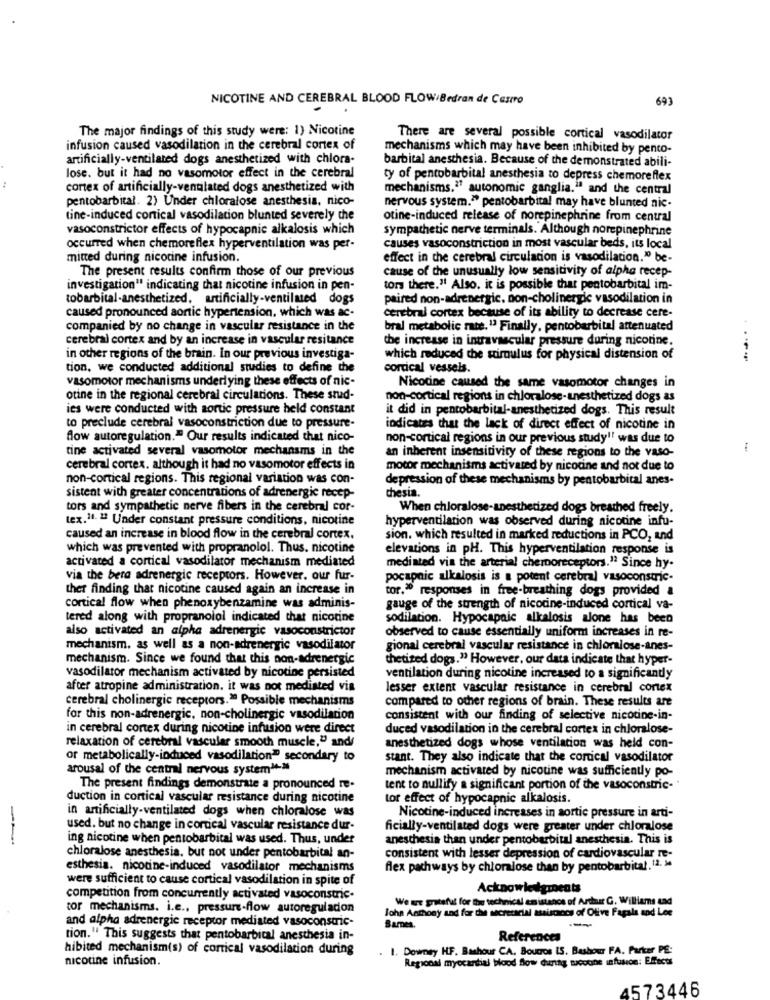
NICOTINE AND CEREBRAL BLOOD FLOW/Bedran de Castro
693
The major findings of this study were: 1) Nicotine
There are several possible cortical vasodilator
infusion caused vasodilation in the cerebral cortex of
mechanisms which may have been inhibited by pento-
artificially-ventilated dogs anesthetized with chlora-
barbital anesthesia. Because of the demonstrated abili-
lose. but it had no vasomotor effect in the cerebral
ty of pentobarbital anesthesia to depress chemoreflex
cortex of artificially-ventilated dogs anesthetized with
mechanisms." autonomic ganglia." and the central
pentobarbital. 2) Under chloralose anesthesia, nico-
nervous system." pentobarbital may have blunted nic.
tine-induced conical vasodilation blunted severely the
otine-induced release of norepinephrine from central
vasoconstrictor effects of hypocapnic alkalosis which
sympathetic nerve terminals. Although norepinephrine
occurred when chemoreflex hyperventilation was per-
causes vasoconstriction in most vascular beds, its local
mitted during nicotine infusion.
effect in the cerebral circulation is vasodilation." be-
The present results confirm those of our previous
cause of the unusually low sensitivity of alpha recep-
investigation" indicating that nicotine infusion in pen-
tors there." Also. it is possible that pentobarbital im-
tobarbital-anesthetized, artificially-ventilmed dogs
paired non-adrenergic. non-cholinergic vasodilation in
caused pronounced aortic hypertension, which was ac.
cerebral cortex because of its ability to decrease cere-
companied by no change in vascular resistance in the
bral metabolic rate.13 Finally, pentobarbital attenuated
cerebral cortex and by an increase in vascular resitance
the increase in intravascular pressure during nicotine.
in other regions of the brain. In our previous investiga-
which reduced the stimulus for physical distension of
tion, we conducted additional studies to define the
cortical vessels.
vasomotor mechanisms underlying these effects of nic-
Nicotine caused the same vasomotor changes in
otine in the regional cerebral circulations. These stud-
non-cortical regions in chloralose-anesthetized dogs as
ies were conducted with aortic pressure held constant
it did in pentobarbital-anesthetized dogs. This result
to preclude cerebral vasoconstriction due to pressure-
indicates that the lack of direct effect of nicotine in
flow autoregulation." Our results indicated that nico-
non-cortical regions in our previous study !! was due to
tine activated several vasomotor mechansms in the
an inherent insensitivity of these regions to the vaSO-
:
cerebral cortex. although it had no vasomotor effects in
motor mechanisms activated by nicotine and not due to
non-cortical regions. This regional variation was con-
depression of these mechanisms by pentobarbital anes-
chesia.
sistent with greater concentrations of adrenergic recep-
tors and sympathetic nerve fibers in the cerebral cor-
When chloralose-anesthetized dogs breathed freely.
tex.11. " Under constant pressure conditions, nicotine
hyperventilation was observed during nicotine infu-
caused an increase in blood flow in the cerebral cortex.
sion. which resulted in marked reductions in PCO, and
which was prevented with propranolol. Thus. nicotine
elevations in pH. This hyperventilation response is
activated a cortical vasodilator mechanism mediated
mediated via the arterial cherboreceptors." Since hy-
via the bera adrenergic receptors. However. our fur-
pocapnic alkalosis is a potent cerebral vasoconstric-
ther finding that nicotine caused again an increase in
tor." responses in free-breathing dogs provided a
cortical flow when phenoxybenzamine was adminis-
gauge of the strength of nicotine-induced cortical va-
tered along with propranolol indicated that nicotine
sodilation. Hypocapaic alkalosis alone has been
also activated an alpha adrenergic vasoconstrictor
observed to cause essentially uniform increases in re-
mechanism, as well as a non-adrenergic vasodilator
gional cerebral vascular resistance in chloralose-anes-
mechanism. Since we found that this non-adrenergic
thetized dogs." However, our data indicate that hyper-
vasodilator mechanism activated by nicotine persisted
ventilation during nicotine increased to a significantly
after atropine administration. it was not mediated via
lesser extent vascular resistance in cerebral cortex
cerebral cholinergic receptors." Possible mechanisms
compared to other regions of brain. These results are
for this non-adrenergic, non-cholinergic vasodilation
consistent with our finding of selective nicotine-in-
in cerebral cortex during nicotine infusion were direct
duced vasodilation in the cerebral cortex in chloralose-
relaxation of cerebral vascular smooth muscle," and/
anesthetized dogs whose ventilation was held con-
or metabolically-induced vasodilation" secondary to
stant. They also indicate that the cortical vasodilator
arousal of the central nervous system"->
mechanism activated by nicotine was sufficiently po-
The present findings demonstrate a pronounced re.
tent to nullify a significant portion of the vasoconstric-
duction in cortical vascular resistance during nicotine
tor effect of hypocapnic alkalosis.
in artificially-ventilated dogs when chloralose was
Nicotine-induced increases in aortic pressure in arti-
used. but no change in cortical vascular resistance dur-
ficially-ventilated dogs were greater under chloralose
--
ing nicotine when pentobarbital was used. Thus, under
anesthesia than under pentobarbital anesthesia. This is
chloralose anesthesia, but not under pentobarbital an-
consistent with lesser depression of cardiovascular re-
esthesia. nicotine-induced vasodilator mechanisms
flex pathways by chlorlose than by pentobarbital. 12. Me
were sufficient to cause cortical vasodilation in spite of
Acknowledgments
competition from concurrently activated vasoconstric.
We are grateful for the technical em istanos of Arthur C. Williams Lad
tor mechanisms. i.e ., pressure-flow autoreguladon
John Anthony and for the secreracial assiscrocs of Olive Fagals and Lee
and alpha adrenergic receptor mediated vasoconstric-
Sames.
--
tion." This suggests that pentobarbital anesthesia in-
References
hibited mechanism(s) of cortical vasodilation during
. I. Downey HF. Bashour CA. Boucros IS. Bashour FA. Parker PE:
nicotine infusion.
Regional myocardial blood flow durthy nicotine infusion: Effects
4573446